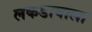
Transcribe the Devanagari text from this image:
लकडावाला